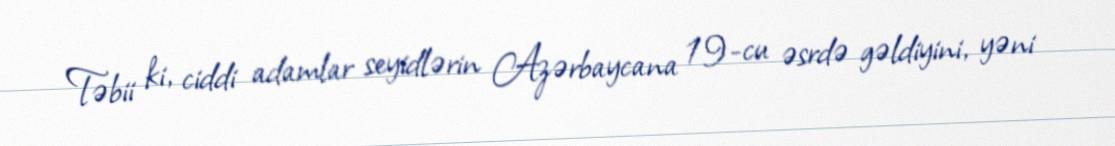
Təbii ki, ciddi adamlar seyidlərin Azərbaycana 19-cu əsrdə gəldiyini, yəni